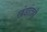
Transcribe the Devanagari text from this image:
खंडांतही